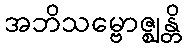
အဘိသမ္ဗောဇ္ဈန္တိ